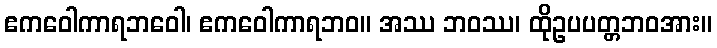
ဧကဝေါကာရဘဝေါ၊ ဧကဝေါကာရဘဝ။ အဿ ဘဝဿ၊ ထိုဥပပတ္တဘဝအား။